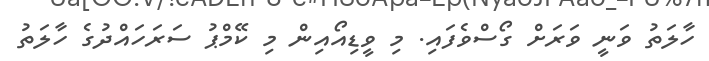
ހާލަތު ވަނީ ވަރަށް ގޯސްވެފައި. މި ވީޑިއޯއިން މި ކޭމްޕު ސަރަހައްދުގެ ހާލަތު